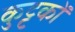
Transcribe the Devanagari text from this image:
कुट्टकों